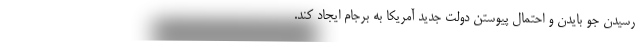
رسیدن جو بایدن و احتمال پیوستن دولت جدید آمریکا به برجام ایجاد کند.